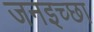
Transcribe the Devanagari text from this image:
जनइच्छा